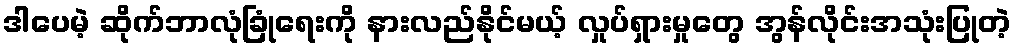
ဒါပေမဲ့ ဆိုက်ဘာလုံခြုံရေးကို နားလည်နိုင်မယ့် လှုပ်ရှားမှုတွေ အွန်လိုင်းအသုံးပြုတဲ့